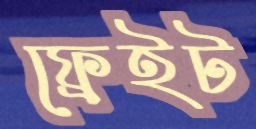
ফ্রেইট